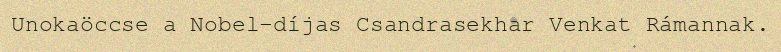
Unokaöccse a Nobel-díjas Csandrasekhar Venkat Rámannak.